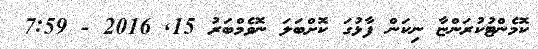
ކޮމެންޓުކުރަންޏާ ނިކަން ފާޅުގަ ކޮށްބަލަ ނޮވެމްބަރު 15